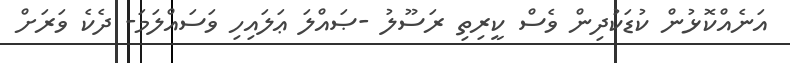
އަނެއްކޮޅުން ކުޑަކުދިން ވެސް ކީރިތި ރަސޫލު -ޞައްލަ ޢަލައިހި ވަސައްލަމަ- ދެކެ ވަރަށް